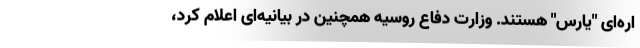
اره‌ای "یارس" هستند. وزارت دفاع روسیه همچنین در بیانیه‌ای اعلام کرد،